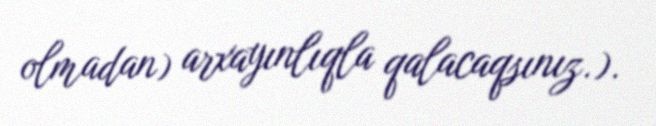
olmadan) arxayınlıqla qalacaqsınız.).